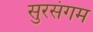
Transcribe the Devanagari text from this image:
सुरसंगम